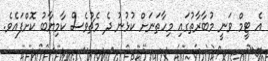
އެ ޓީމް ވަނީ މުބާރާތުގައި މިހާތަނަށް ކުޅުނު ދެ މެޗުވެސް ކާމިޔާބު ކޮށްފައެވެ.